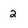
Character: 2